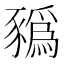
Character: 𧲄